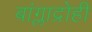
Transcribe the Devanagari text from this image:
बांग्लाद्रोही